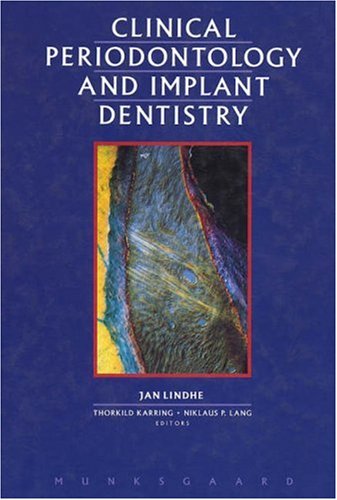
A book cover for Clinical Periodontology & Implant Dentistry; Lindhe; Medical Books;